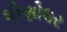
ઘીણોધર